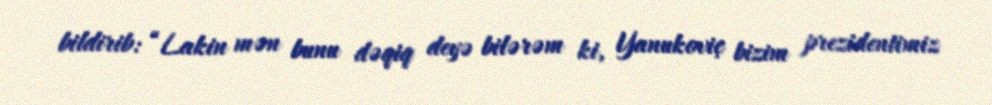
bildirib: “Lakin mən bunu dəqiq deyə bilərəm ki, Yanukoviç bizim prezidentimiz